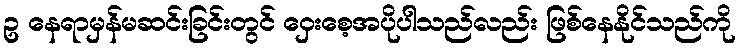
ဥ နေရာမှန်မဆင်းခြင်းတွင် ဝှေးစေ့အပိုပါသည်လည်း ဖြစ်နေနိုင်သည်ကို